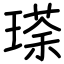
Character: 瑹